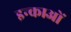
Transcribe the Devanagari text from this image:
इन्काओं